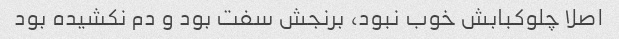
اصلا چلوکبابش خوب نبود، برنجش سفت بود و دم نکشیده بود